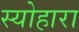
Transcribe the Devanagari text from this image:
स्योहारा